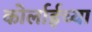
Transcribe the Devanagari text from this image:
कोर्लाईच्या